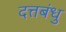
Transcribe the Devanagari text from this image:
दत्तबंधु